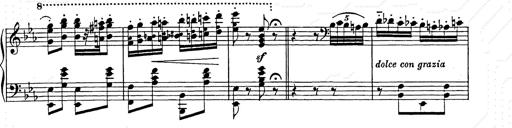
Title: Hungarian Rhapsody No.9
Composer: Franz Liszt
Key: E-flat major